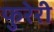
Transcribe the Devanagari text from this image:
फुरेरी